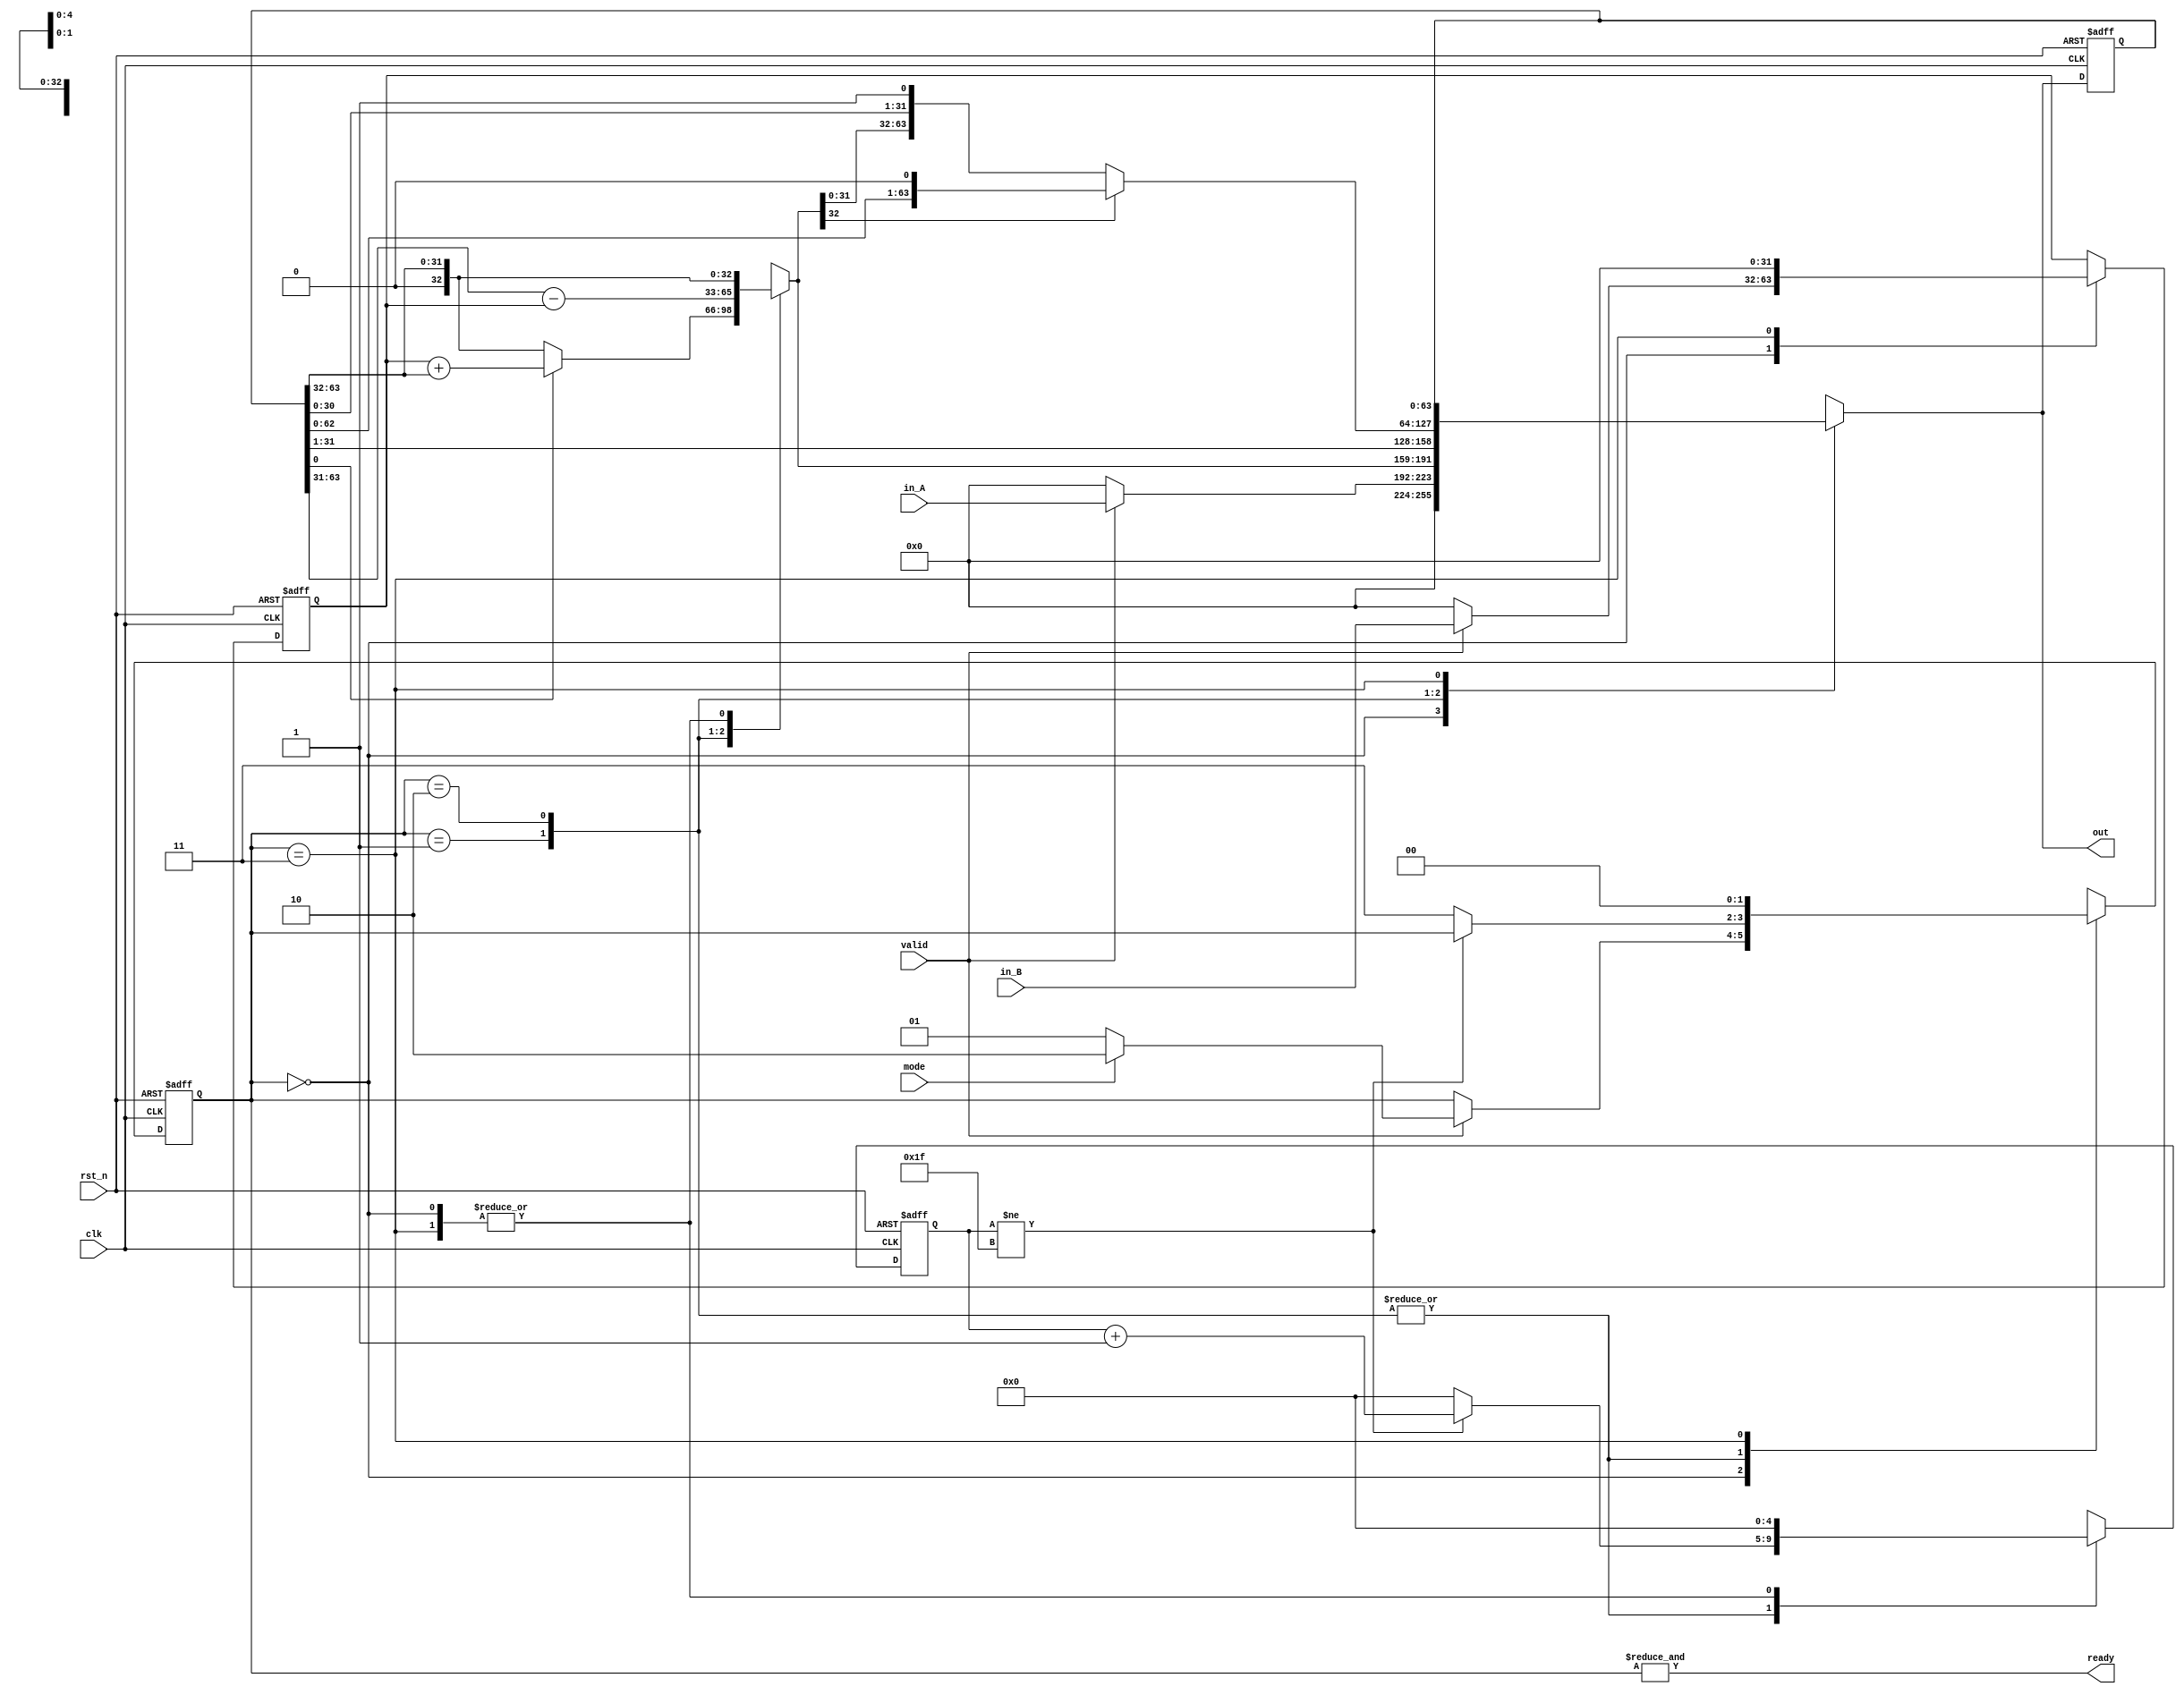
module mulDiv(
    clk,
    rst_n,
    valid,
    ready,
    mode,
    in_A,
    in_B,
    out
);

    // Definition of ports
    input         clk, rst_n;
    input         valid, mode; // mode: 0: mulu, 1: divu
    output        ready;
    input  [31:0] in_A, in_B;
    output [63:0] out;

    // Definition of states
    parameter IDLE = 2'b00;
    parameter MUL  = 2'b01;
    parameter DIV  = 2'b10;
    parameter OUT  = 2'b11;

    // Todo: Wire and reg if needed
    reg  [ 1:0] state, state_nxt;
    reg  [ 4:0] counter, counter_nxt;
    reg  [63:0] shreg, shreg_nxt;
    reg  [31:0] alu_in, alu_in_nxt;
    reg  [32:0] alu_out;

    // Todo: Instatiate any primitives if needed

    // Todo 5: Wire assignments
    assign ready = &state; 
    assign out = shreg_nxt;

    // Combinational always block
    // Todo 1: Next-state logic of state machine
    always @(*) begin // implement always block if signal changes
        case(state)
            IDLE: begin
                if (~valid) state_nxt = state; // valid == 0keep IDLE
                else begin
                    if (mode) state_nxt = DIV; // mode == 1DIV
                    else state_nxt = MUL; // mode == 0MUL
                end
            end
            MUL : state_nxt = (counter != 31)?state: OUT; // if counter == 31OUT
            DIV : state_nxt = (counter != 31)?state: OUT; // if counter == 31OUT
            OUT : state_nxt = IDLE;
        endcase
    end
    
    // Todo 2: Counter
    always @(*) begin // implement always block if signal changes
        case(state)
            IDLE: counter_nxt = 0;
            MUL : counter_nxt = (counter != 31)?counter + 1: 0; 
            DIV : counter_nxt = (counter != 31)?counter + 1: 0; 
            OUT : counter_nxt = 0;
        endcase  
    end   
    
    // ALU input
    always @(*) begin
        case(state)
            IDLE: begin
                if (valid) alu_in_nxt = in_B;
                else       alu_in_nxt = 0;
            end
            OUT : alu_in_nxt = 0;
            default: alu_in_nxt = alu_in;
        endcase
    end

    // Todo 3: ALU output
    always @(*) begin
        case(state)
            IDLE: alu_out = {1'b0, shreg[63:32]};
            MUL : begin
                if (~shreg[0]) alu_out = {1'b0, shreg[63:32]}; // fill msb with 1'b0
                else alu_out = {1'b0, alu_in} + {1'b0, shreg[63:32]}; // fill msb with 1'b0              
            end
            DIV : begin
                alu_out = shreg[63:31] - {1'b0, alu_in};
            end
            OUT : alu_out = {1'b0, shreg[63:32]};
        endcase
    end   
    
    // Todo 4: Shift register
    always @(*) begin
        case(state)
            IDLE: begin
                if (valid) shreg_nxt = {32'b0, in_A};
                else shreg_nxt = 64'b0;
            end
            MUL : begin
                shreg_nxt = {alu_out, shreg[31:1]}; // shift right
            end
            DIV : begin
                if (alu_out[32]) shreg_nxt = {shreg[62:0], 1'b0}; // shift left
                else shreg_nxt = {alu_out[31:0], shreg[30:0], 1'b1}; // shift left
            end
            OUT : shreg_nxt = shreg;
        endcase
    end   

    // Todo: Sequential always block
    always @(posedge clk or negedge rst_n) begin
        if (!rst_n) begin // rst_n == 0: resetstate = IDLE
            state <= IDLE;
            alu_in  <= 0;
            shreg   <= 0;
            counter <= 0;
        end
        else begin
            state <= state_nxt;
            alu_in  <= alu_in_nxt;
            shreg   <= shreg_nxt;
            counter <= counter_nxt;
        end
    end

endmodule